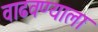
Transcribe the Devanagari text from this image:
वाढवण्याला